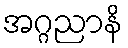
အဂ္ဂညာနိ